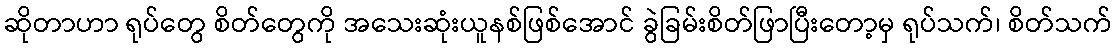
ဆိုတာဟာ ရုပ်တွေ စိတ်တွေကို အသေးဆုံးယူနစ်ဖြစ်အောင် ခွဲခြမ်းစိတ်ဖြာပြီးတော့မှ ရုပ်သက်၊ စိတ်သက်